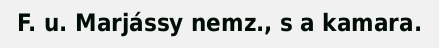
F. u. Marjássy nemz., s a kamara.